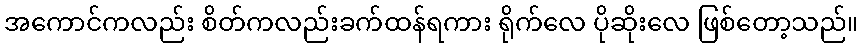
အကောင်ကလည်း စိတ်ကလည်းခက်ထန်ရကား ရိုက်လေ ပိုဆိုးလေ ဖြစ်တော့သည်။